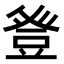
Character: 𭽁